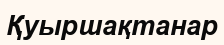
Қуыршақтанар